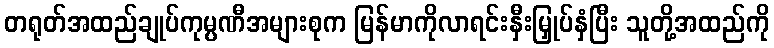
တရုတ်အထည်ချုပ်ကုမ္ပဏီအများစုက မြန်မာကိုလာရင်းနှီးမြှုပ်နှံပြီး သူတို့အထည်ကို